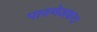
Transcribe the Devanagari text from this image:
पावणेअकरा